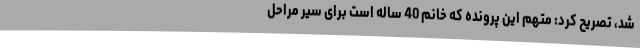
شد، تصریح کرد: متهم این پرونده که خانم 40 ساله است برای سیر مراحل